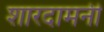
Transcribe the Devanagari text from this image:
शारदामनी